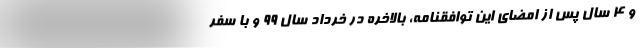
و 4 سال پس از امضای این توافقنامه، بالاخره در خرداد سال 99 و با سفر